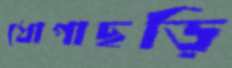
ধোপাছড়ি